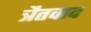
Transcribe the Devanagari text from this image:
त्रैतवाद